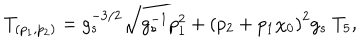
T _ { ( p _ { 1 } , p _ { 2 } ) } = g _ { s } ^ { - 3 / 2 } \sqrt { g _ { s } ^ { - 1 } p _ { 1 } ^ { 2 } + \left( p _ { 2 } + p _ { 1 } \chi _ { 0 } \right) ^ { 2 } g _ { s } } ~ T _ { 5 } ,